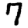
Digit: 7